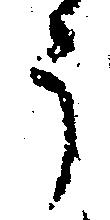
う